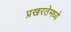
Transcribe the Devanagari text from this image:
प्रखरतेमध्ये